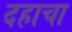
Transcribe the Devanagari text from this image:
दहाचा